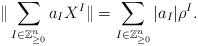
LaTeX: \begin{align*}\|\sum_{I \in \mathbb{Z}^{n}_{\geq 0}} a_I X^I\| = \sum_{I \in \mathbb{Z}^{n}_{\geq 0}} |a_I|\rho^{I}.\end{align*}